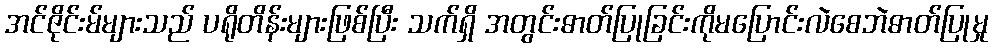
အင်ဇိုင်းမ်များသည် ပရိုတိန်းများဖြစ်ပြီး သက်ရှိ အတွင်းဓာတ်ပြုခြင်းကိုမပြောင်းလဲစေဘဲဓာတ်ပြုမှု